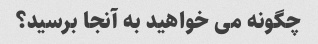
چگونه می خواهید به آنجا برسید؟